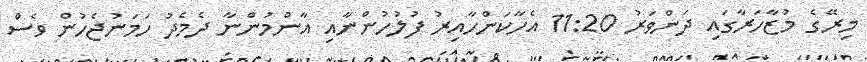
މިރޭގެ މުޒާހަރާގައި ދަންވަރު 11:20 އެހާކަންހާއިރު ފުލުހުންނާއި އާންމުންނާ ދެމެދު ހަމަނުޖެހުން ވެސް